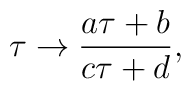
{\tau \to {a\tau + b\over c\tau + d}, }